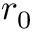
r _ { 0 }